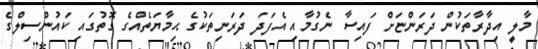
މާލީ އިދާރާތަކުން ދަރަންޏަށް ފައިސާ ނެގުމާއި އެފަދަ ދަރަނިތަކުގެ ޙިމާޔަތެއްގެ ގޮތުގައި ކައުންސިލްގެ